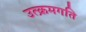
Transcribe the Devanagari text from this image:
उत्क्रमगति